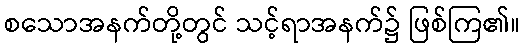
စသောအနက်တို့တွင် သင့်ရာအနက်၌ ဖြစ်ကြ၏။